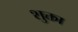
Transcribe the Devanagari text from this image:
शुक्ता